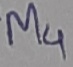
Text: M4